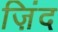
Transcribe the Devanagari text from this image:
ज़िंद